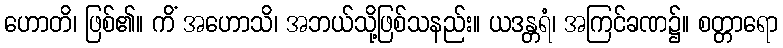
ဟောတိ၊ ဖြစ်၏။ ကိံ အဟောသိ၊ အဘယ်သို့ဖြစ်သနည်း။ ယဒန္တရံ၊ အကြင်ခဏ၌။ စတ္တာရော